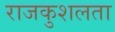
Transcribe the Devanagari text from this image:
राजकुशलता